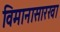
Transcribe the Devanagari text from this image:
विमानासारखा